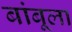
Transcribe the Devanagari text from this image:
बांबूला